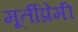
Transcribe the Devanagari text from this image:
मूर्तीप्रेमी